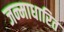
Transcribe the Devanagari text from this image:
जन्‍माधारित